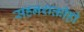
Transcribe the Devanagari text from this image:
सहनशक्तीही